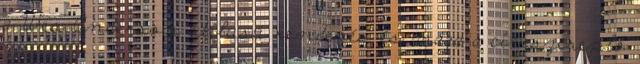
a Wes Anderson stílusú rendezés és maga a címszereplő